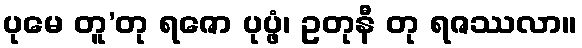
ပုမေ တူ’တု ရဇော ပုပ္ဖံ၊ ဥတုနီ တု ရဇဿလာ။